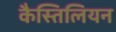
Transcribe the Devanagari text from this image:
कैस्तिलियन